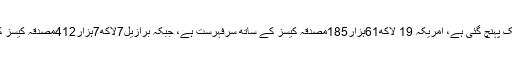
پوری دنیا میں نوول کروناوائرس کے مصدقہ کیسز کی تعداد 71لاکھ19ہزار454تک پہنچ گئی ہے، امریکہ 19 لاکھ61ہزار185مصدقہ کیسز کے ساتھ سرفہرست ہے، جبکہ برازیل7لاکھ7ہزار412مصدقہ کیسز کیساتھ دوسرے،روس 4لاکھ 76ہزار43 مصدقہ کیسز کے ساتھ تیسرے نمبر پرہے۔